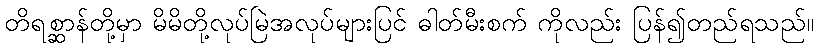
တိရစ္ဆာန်တို့မှာ မိမိတို့လုပ်မြဲအလုပ်များပြင် ဓါတ်မီးစက် ကိုလည်း ပြန်၍တည်ရသည်။